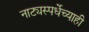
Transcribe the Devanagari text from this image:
नाट्यस्पर्धेच्याही